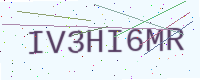
Text: IV3HI6MR